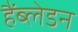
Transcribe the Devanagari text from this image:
हैंब्लेडन